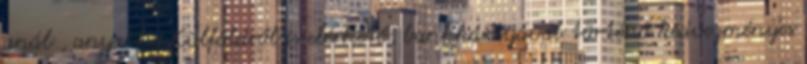
anál , anya-fia Külföldről is elérhető, bankkártyával történő kedvezményes